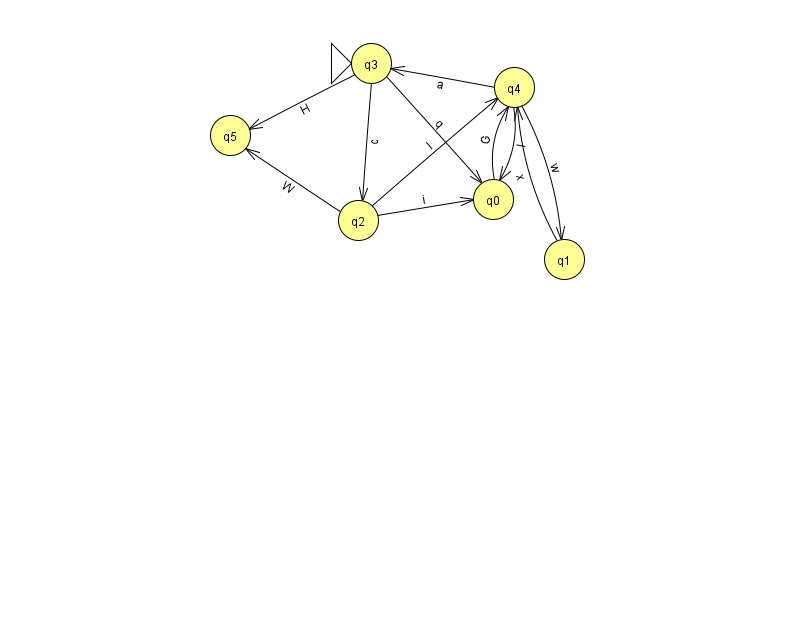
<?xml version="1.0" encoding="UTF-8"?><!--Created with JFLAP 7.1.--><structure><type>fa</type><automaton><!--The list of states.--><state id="0" name="q0"><x>493.0</x><y>186.0</y></state><state id="1" name="q1"><x>564.0</x><y>246.0</y></state><state id="2" name="q2"><x>358.0</x><y>207.0</y></state><state id="3" name="q3"><x>371.0</x><y>50.0</y><initial/></state><state id="4" name="q4"><x>514.0</x><y>74.0</y></state><state id="5" name="q5"><x>230.0</x><y>122.0</y></state><!--The list of transitions.--><transition><from>2</from><to>0</to><read>i</read></transition><transition><from>4</from><to>1</to><read>w</read></transition><transition><from>4</from><to>3</to><read>a</read></transition><transition><from>0</from><to>4</to><read>G</read></transition><transition><from>2</from><to>5</to><read>W</read></transition><transition><from>3</from><to>5</to><read>H</read></transition><transition><from>2</from><to>4</to><read>l</read></transition><transition><from>3</from><to>0</to><read>q</read></transition><transition><from>4</from><to>0</to><read>I</read></transition><transition><from>3</from><to>2</to><read>c</read></transition><transition><from>1</from><to>4</to><read>x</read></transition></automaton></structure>